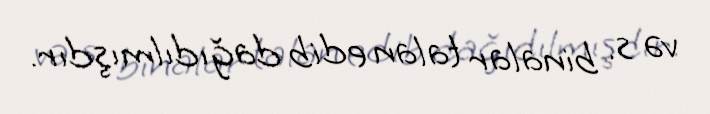
və s. binalar talan edib dağıdılmışdır.